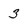
Character: 3